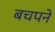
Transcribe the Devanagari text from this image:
बचपने